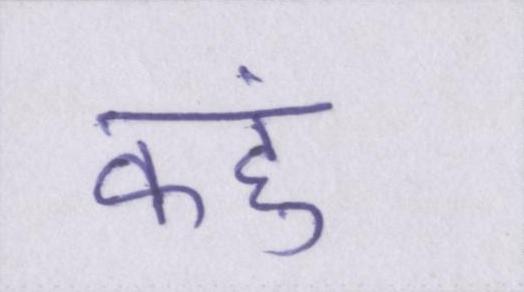
कहुं